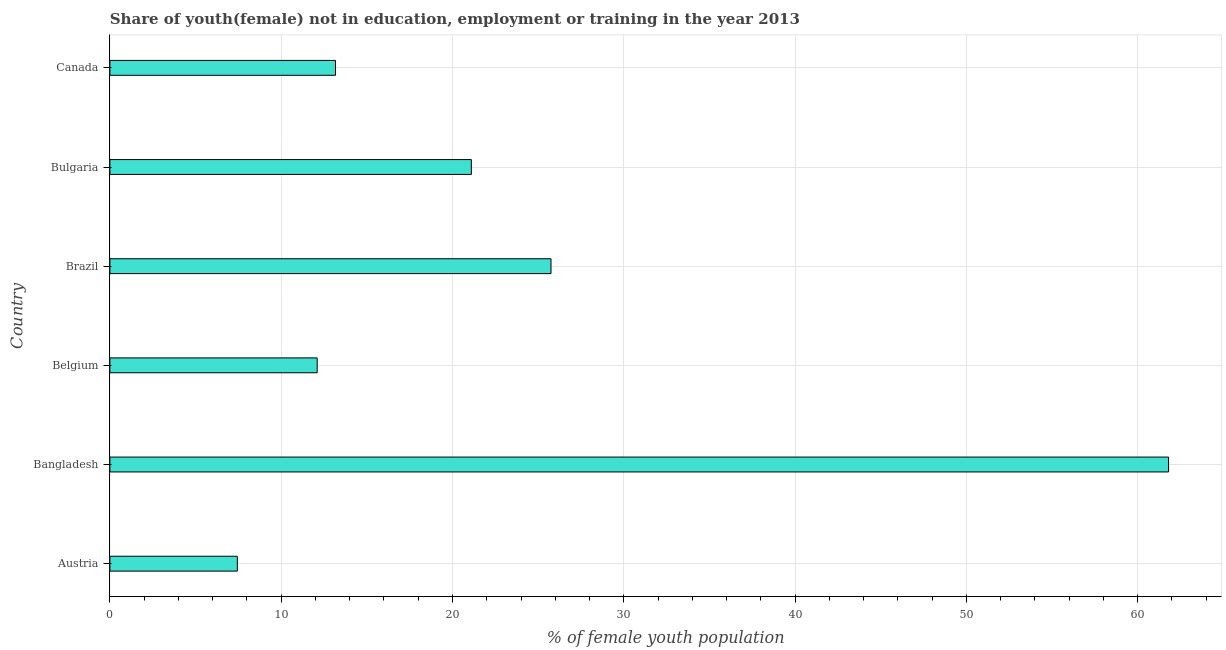
| Country | Unemployed(female) |
 | --- | --- |
 | Austria | 7.44 |
 | Bangladesh | 61.8 |
 | Belgium | 12.1 |
 | Brazil | 25.8 |
 | Bulgaria | 21.1 |
 | Canada | 13.2 |